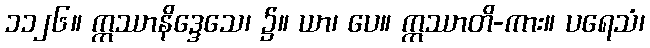
၁၁၂၆။ ဣဿာနိဒ္ဒေသေ၊ ၌။ ယာ၊ ပေ။ ဣဿာတိ-ကား။ ပရေသံ၊